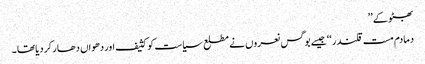
بھٹو کے ’’
دمادم مست قلندر ‘‘ جیسے بوگس نعروں نے مطلع سیاست کو کثیف اور دھواں دھار کر دیا تھا ۔